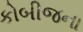
કોબીજના